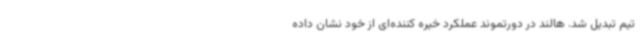
تیم تبدیل شد. هالند در دورتموند عملکرد خیره کننده‌ای از خود نشان داده